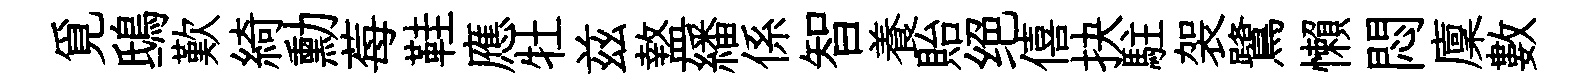
覓鴟歎綺勳莓鞋應牡兹盩繙係智養貽绝僖抉駐袈鷺懶悶廩數